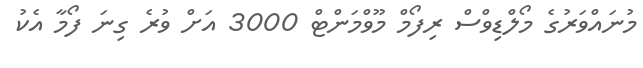
މުނައްވަރުގެ މޯލްޑިވްސް ރިފޯމް މޫވްމަންޓް 3000 އަށް ވުރެ ގިނަ ފޯމާ އެކު